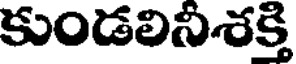
కుండలినిశక్తి